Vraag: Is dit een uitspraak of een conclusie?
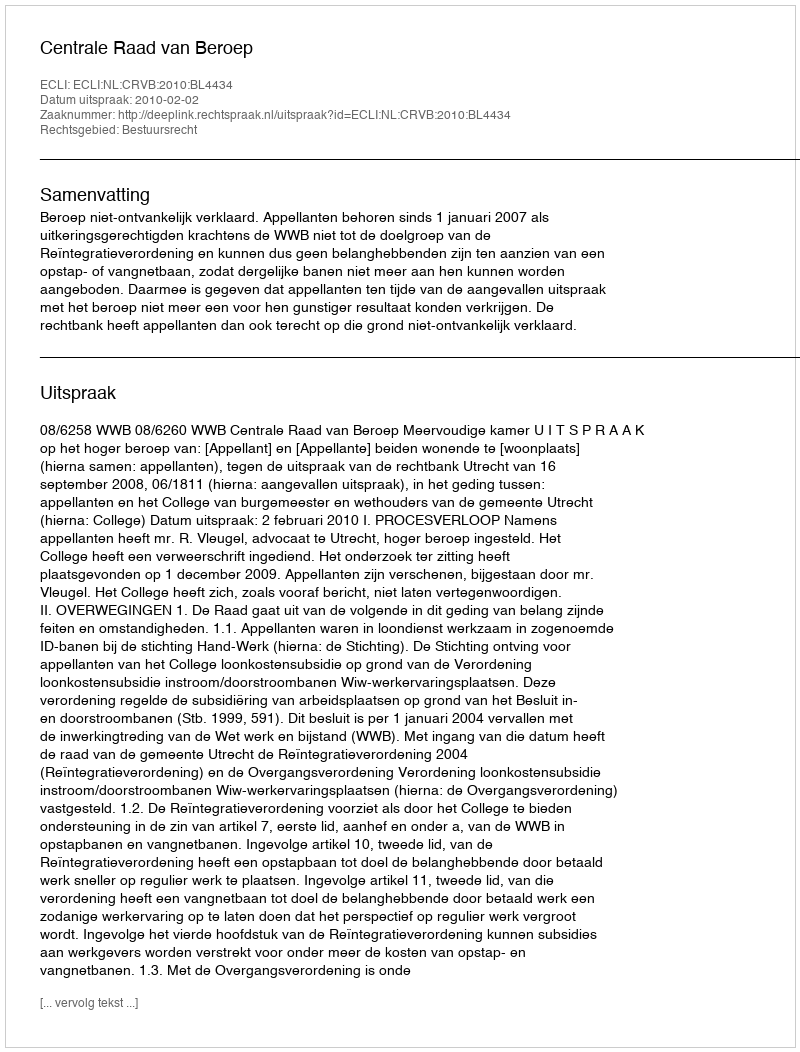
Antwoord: Uitspraak